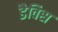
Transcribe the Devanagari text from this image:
डैविस